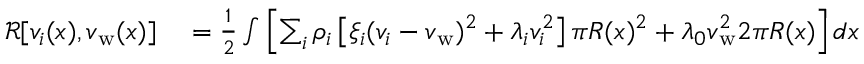
\begin{array} { r l } { \mathcal { R } [ v _ { i } ( x ) , v _ { \mathrm { w } } ( x ) ] } & { { } = \frac { 1 } { 2 } \int \left[ \sum _ { i } \rho _ { i } \left[ \xi _ { i } ( v _ { i } - v _ { \mathrm { w } } ) ^ { 2 } + \lambda _ { i } v _ { i } ^ { 2 } \right] \pi R ( x ) ^ { 2 } + \lambda _ { 0 } v _ { \mathrm { w } } ^ { 2 } 2 \pi R ( x ) \right] d x } \end{array}